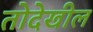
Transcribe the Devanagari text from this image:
तोदेखील